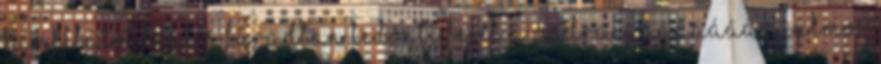
Kamillától leül, s fáradtan ledönti fejét a padra. Ááááááááááálmos